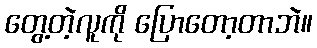
တွေ့တဲ့လူကို ပြောတော့တာဘဲ။